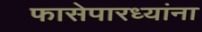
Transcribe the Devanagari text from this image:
फासेपारध्यांना